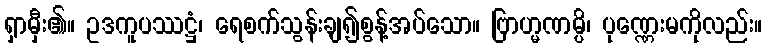
ရှာမှီး၏။ ဥဒကူပဿဋ္ဌံ၊ ရေစက်သွန်းချ၍စွန့်အပ်သော။ ဗြာဟ္မဏမ္ပိ၊ ပုဏ္ဏေးမကိုလည်း။